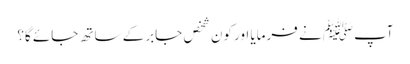
آپﷺ نے فرمایا اور کون شخص جابر کے ساتھ جائے گا؟